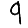
Digit: 9